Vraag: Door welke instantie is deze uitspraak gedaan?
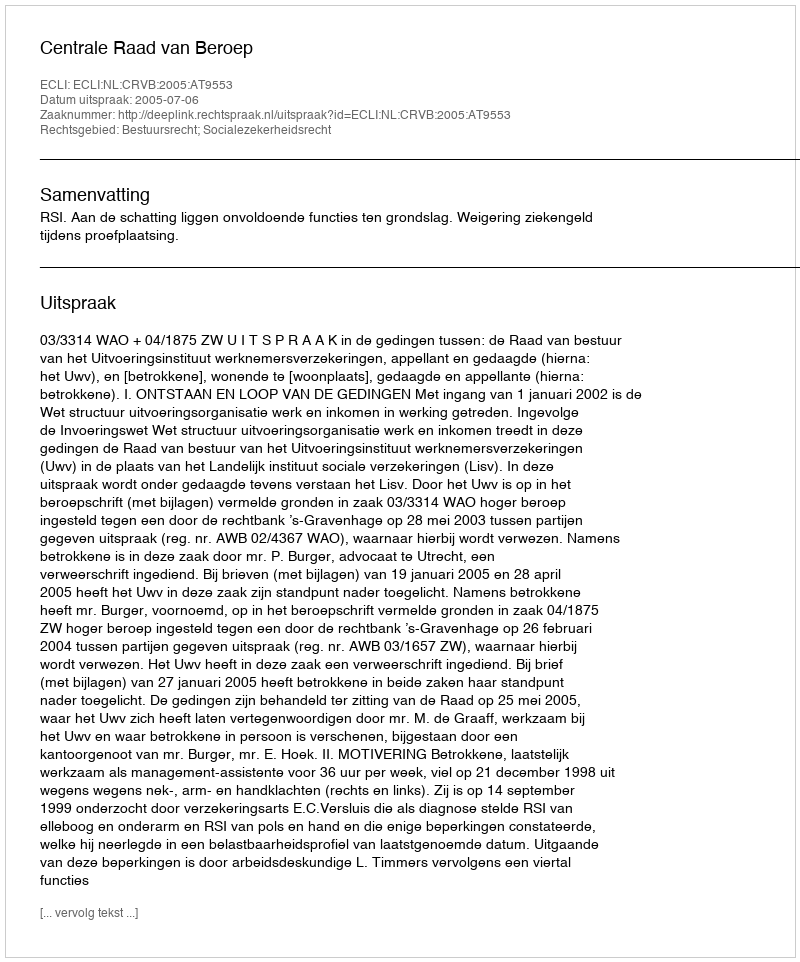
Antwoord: Centrale Raad van Beroep